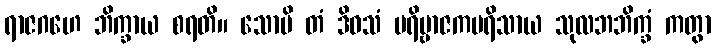
ရာဇဂဟေ ဘိက္ခာယ စရတိ။ သောပိ တံ ဒိဝသံ ပရိဗ္ဗာဇကပရိသာယ သုလဘဘိက္ခံ ကတွာ